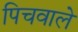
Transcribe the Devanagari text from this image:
पिचवाले